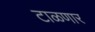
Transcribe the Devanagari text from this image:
टाळणार